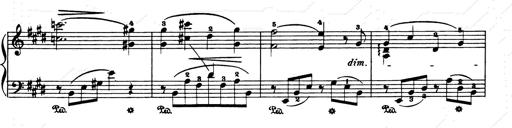
Title: Consolations and LiebestrÃ¤ume for the Piano
Composer: Franz Liszt